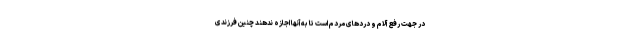
در جهت رفع آلام و دردهای مردم است تا به آنها اجازه ندهند چنین فرزندی